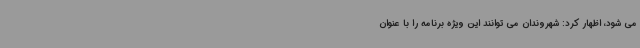
می شود، اظهار کرد: شهروندان می توانند این ویژه برنامه را با عنوان